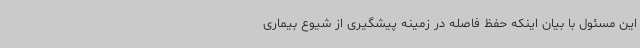
این مسئول با بیان اینکه حفظ فاصله در زمینه پیشگیری از شیوع بیماری